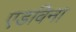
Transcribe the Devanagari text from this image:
एडविना